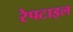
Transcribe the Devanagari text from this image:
रेपटाइल